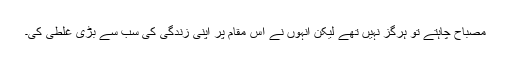
مصباح چاہتے تو ہرگز نہیں تھے لیکن انہوں نے اس مقام پر اپنی زندگی کی سب سے بڑی غلطی کی۔